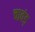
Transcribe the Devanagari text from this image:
चावंड़